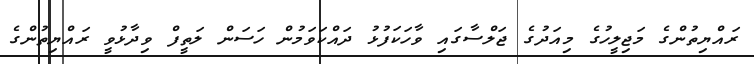
ރައްޔިތުންގެ މަޖިލީހުގެ މިއަދުގެ ޖަލްސާގައި ވާހަކަފުޅު ދައްކަވަމުން ހަސަން ލަތީފް ވިދާޅުވީ ރައްޔިތުންގެ